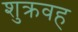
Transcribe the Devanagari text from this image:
शुक्रवह